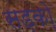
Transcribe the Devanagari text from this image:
सड़को़